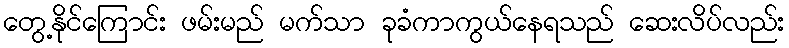
တွေ့နိုင်ကြောင်း ဖမ်းမည် မက်သာ ခုခံကာကွယ်နေရသည် ဆေးလိပ်လည်း